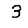
Digit: 3